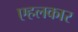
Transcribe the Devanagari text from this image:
एहलकार